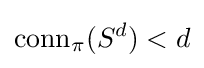
{\text{conn}}_{\pi }(S^{d})<d